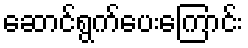
ဆောင်ရွက်ပေးကြောင်း